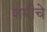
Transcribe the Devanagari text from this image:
शमीचे